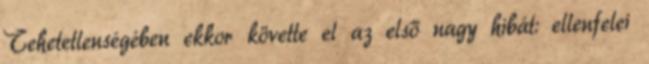
Tehetetlenségében ekkor követte el az első nagy hibát: ellenfelei